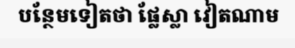
បន្ថែមទៀតថា ផ្លែស្លា វៀតណាម